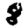
Digit: 8